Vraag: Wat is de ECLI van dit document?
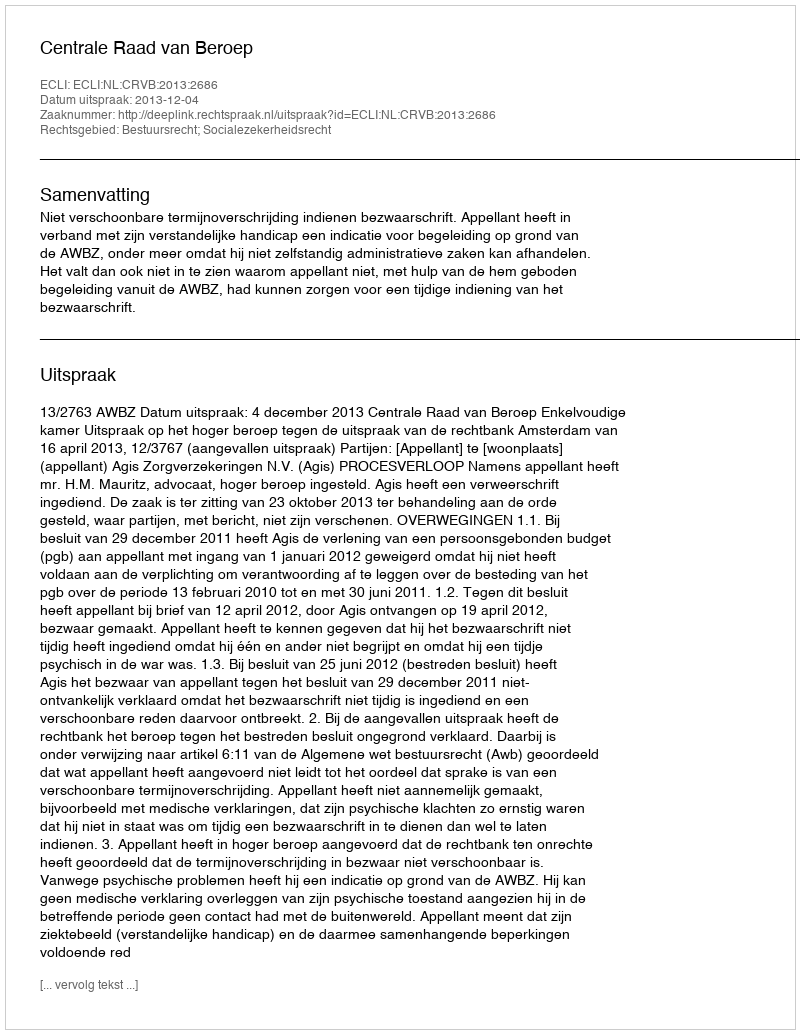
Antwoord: ECLI:NL:CRVB:2013:2686